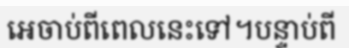
អេចាប់ពីពេលនេះទៅ។បន្ទាប់ពី